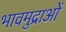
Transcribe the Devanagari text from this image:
भावमुद्राओं